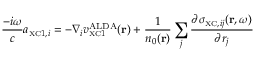
\frac { - i \omega } { c } a _ { { \scriptscriptstyle \mathrm { X C } } 1 , i } = - \nabla _ { i } v _ { { \scriptscriptstyle \mathrm { X C } } 1 } ^ { \mathrm { A L D A } } ( { \bf r } ) + \frac { 1 } { n _ { 0 } ( { \bf r } ) } \sum _ { j } \frac { \partial \sigma _ { { \scriptscriptstyle \mathrm { X C } } , i j } ( { \bf r } , \omega ) } { \partial r _ { j } }